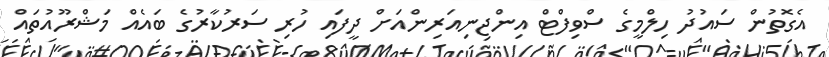
އެގޮތުން ސައުދު ހިލްމީގެ ސްވިފްޓް އިންޖިނިއަރިންއަށް ދީފައި ހުރި ސަރުކާރުގެ ބައެއް މަޝްރޫއުތައް